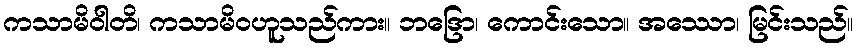
ကသာမိဝါတိ၊ ကသာမိဝဟူသည်ကား။ ဘဒြော၊ ကောင်းသော။ အဿော၊ မြင်းသည်။